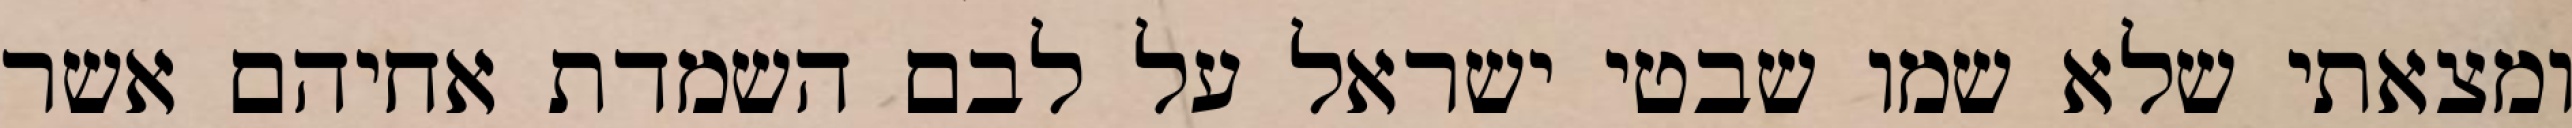
ומצאתי שלא שמו שבטי ישראל על לבם השמדת אחיהם אשר